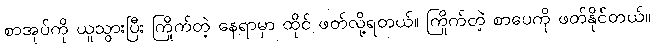
စာအုပ်ကို ယူသွားပြီး ကြိုက်တဲ့ နေရာမှာ ထိုင် ဖတ်လို့ရတယ်။ ကြိုက်တဲ့ စာပေကို ဖတ်နိုင်တယ်။